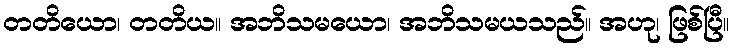
တတိယော၊ တတိယ။ အဘိသမယော၊ အဘိသမယသည်။ အဟု၊ ဖြစ်ပြီ။